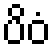
ပိဝံ